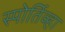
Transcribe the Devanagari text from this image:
स्पोर्तिव्हा